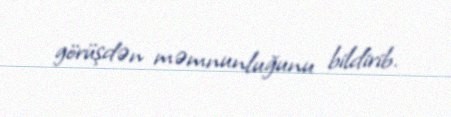
görüşdən məmnunluğunu bildirib.